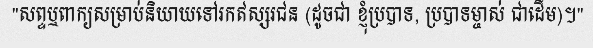
"សព្ទឬពាក្យសម្រាប់និយាយទៅរកឥស្សរជន (ដូចជា ខ្ញុំប្របាទ, ប្របាទម្ចាស់ ជាដើម)។"